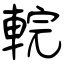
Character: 輐